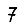
Digit: 7